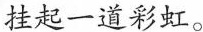
挂起一道彩虹。